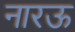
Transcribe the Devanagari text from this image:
नारऊ